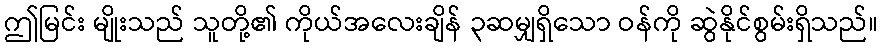
ဤမြင်း မျိုးသည် သူတို့၏ ကိုယ်အလေးချိန် ၃ဆမျှရှိသော ဝန်ကို ဆွဲနိုင်စွမ်းရှိသည်။